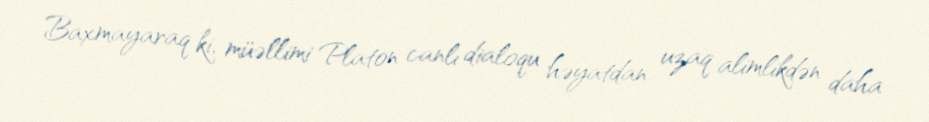
Baxmayaraq ki, müəllimi Platon canlı dialoqu həyatdan uzaq alimlikdən daha